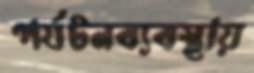
পর্যটনব্যবস্থায়